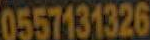
0557131326